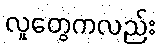
လူတွေကလည်း